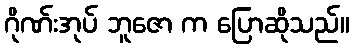
ဂိုဏ်းအုပ် ဘူဇော က ပြောဆိုသည်။